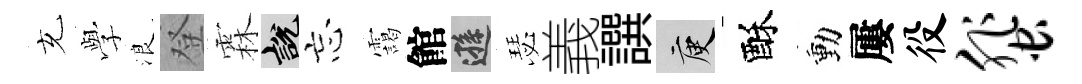
充𫝯浪登霖説忘靄館遜瑟義譔庾酥動屢役蜚